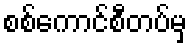
စစ်ကောင်စီတပ်မှ